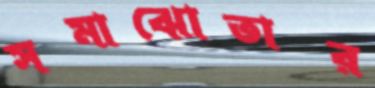
সমাঝোতার